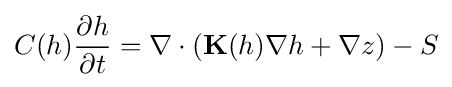
C(h){\frac {\partial h}{\partial t}}=\nabla \cdot \left(\mathbf {K} (h)\nabla h+\nabla z\right)-S